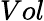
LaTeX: Vol